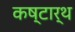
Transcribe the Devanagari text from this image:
कष्टार्थ